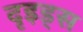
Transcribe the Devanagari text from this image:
दृइड्स